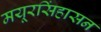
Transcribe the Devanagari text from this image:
मयूरसिंहासन